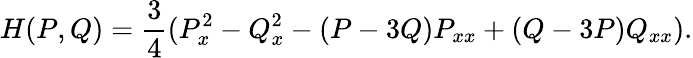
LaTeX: H(P,Q)=\frac{3}{4}(P_{x}^{2}-Q_{x}^{2}-(P-3Q)P_{xx}+(Q-3P)Q_{xx}).